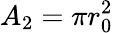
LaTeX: A_{2}=\pi r_{0}^{2}